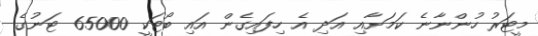
މީޓަރު ހުންނާނެ ކަމަށާއި އަދި އެ ހިފައިގެން އައި ބޯޓަކީ 65000 ޓަނުގެ